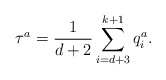
\begin{align*}\tau ^{a}=\frac{{1}}{d+2}\sum_{i=d+3}^{k+1}q_{i}^{a}.\end{align*}